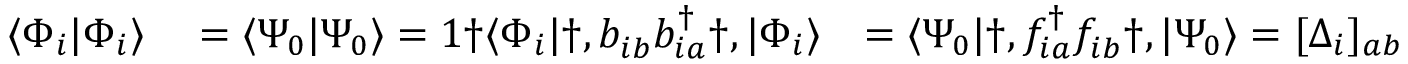
\begin{array} { r l r } { \langle \Phi _ { i } | \Phi _ { i } \rangle } & { { } = \langle \Psi _ { 0 } | \Psi _ { 0 } \rangle = 1 \dag \langle \Phi _ { i } | \dag , b _ { i b } ^ { \phantom { \dagger } } b _ { i a } ^ { \dagger } \dag , | \Phi _ { i } \rangle } & { = \langle \Psi _ { 0 } | \dag , f _ { i a } ^ { \dagger } f _ { i b } ^ { \phantom { \dagger } } \dag , | \Psi _ { 0 } \rangle = [ \Delta _ { i } ] _ { a b } \qquad \forall \dag , a , b = 1 , . . . , B { \nu } _ { i } \dag , , } \end{array}